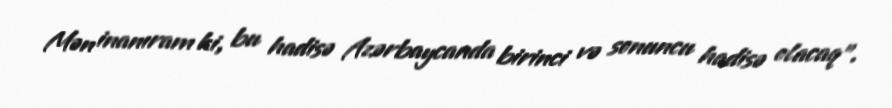
Mən inanıram ki, bu hadisə Azərbaycanda birinci və sonuncu hadisə olacaq”.